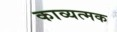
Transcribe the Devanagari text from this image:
काव्यत्मक